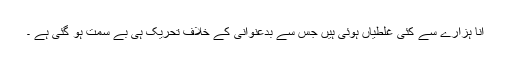
انا ہزارے سے کئی غلطیاں ہوئی ہیں جس سے بدعنوانی کے خلاف تحریک ہی بے سمت ہو گئی ہے ۔